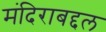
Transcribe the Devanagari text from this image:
मंदिराबद्दल